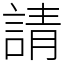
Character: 請